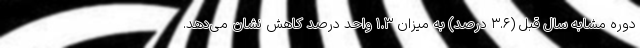
دوره مشابه سال قبل (۳.۶ درصد) به میزان ۱.۳ واحد درصد کاهش نشان می‌دهد.